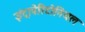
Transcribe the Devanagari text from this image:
इंट्रापेरिटोनियल